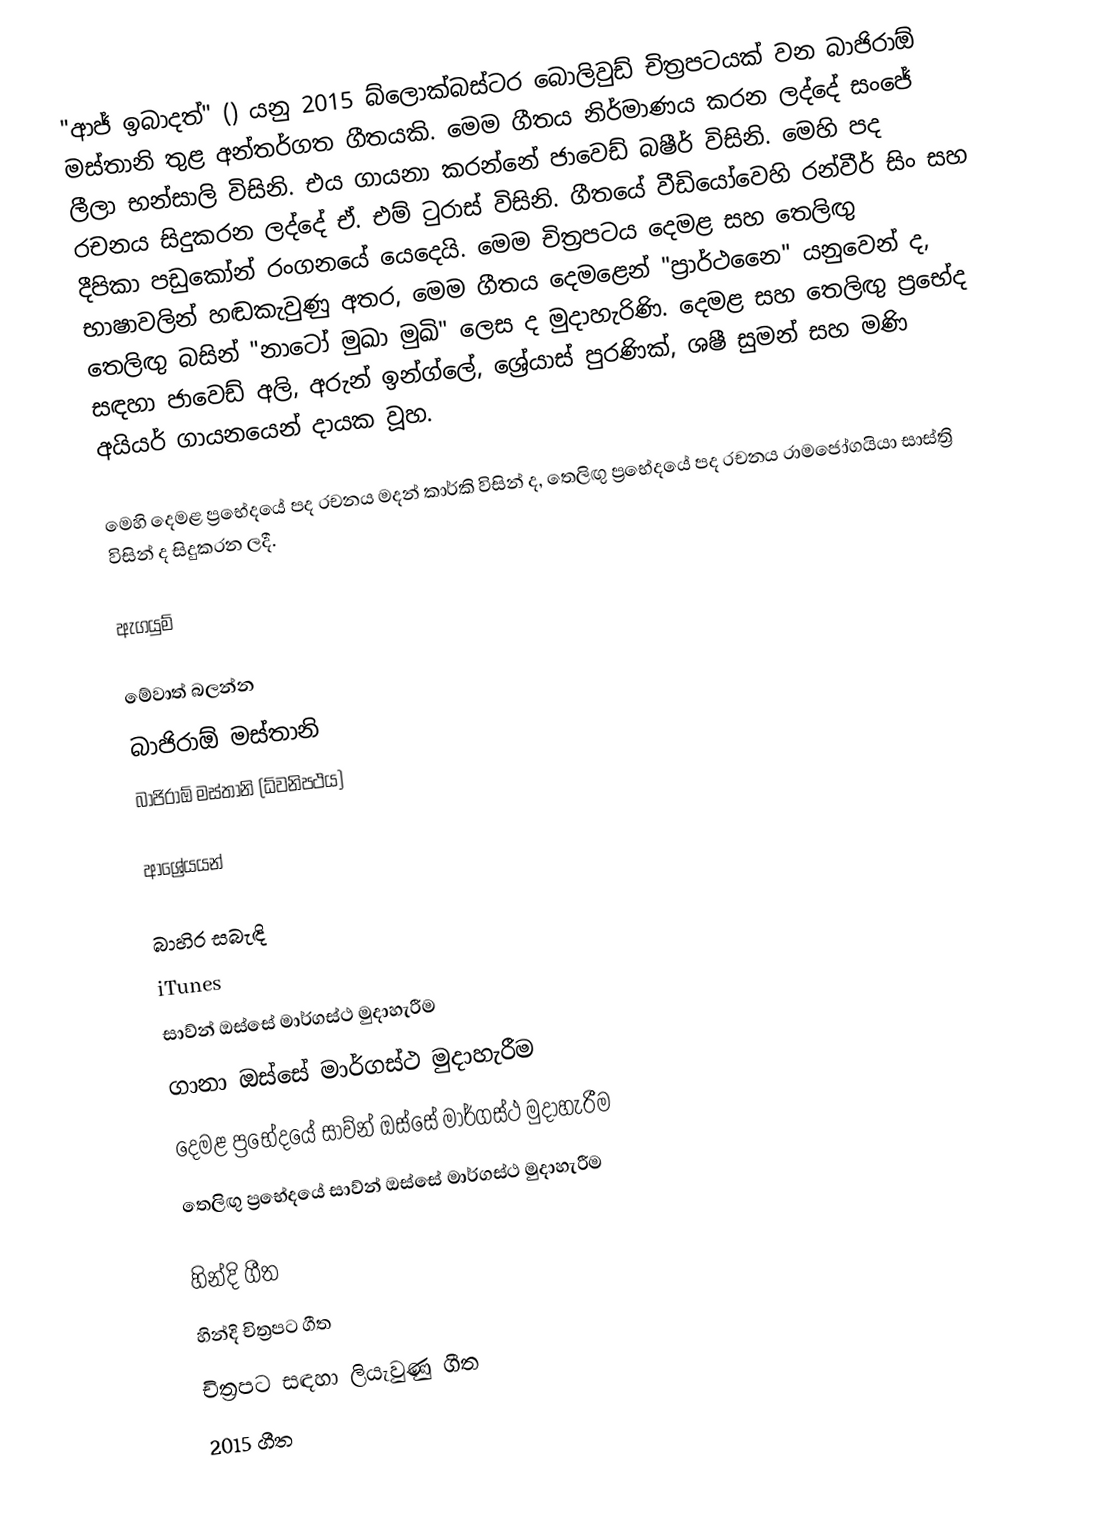
"ආජ් ඉබාදත්" () යනු 2015 බ්ලොක්බස්ටර බොලිවුඩ් චිත්‍රපටයක් වන බාජිරාඕ මස්තානි තුළ අන්තර්ගත ගීතයකි. මෙම ගීතය නිර්මාණය කරන ලද්දේ සංජේ ලීලා භන්සාලි විසිනි. එය ගායනා කරන්නේ ජාවෙඩ් බෂීර් විසිනි. මෙහි පද රචනය සිදුකරන ලද්දේ ඒ. එම් ටුරාස් විසිනි. ගීතයේ වීඩියෝවෙහි ‍රන්වීර් සිං සහ දීපිකා පඩුකෝන් රංගනයේ යෙදෙයි. මෙම චිත්‍රපටය දෙමළ සහ තෙලිඟු භාෂාවලින් හඬකැවුණු අතර, මෙම ගීතය දෙමළෙන් "ප්‍රාර්ථනෛ" යනුවෙන් ද, තෙලිඟු බසින් "නාටෝ මුඛා මුඛි" ලෙස ද මුදාහැරිණි. දෙමළ  සහ තෙලිඟු ප්‍රභේද සඳහා ජාවෙඩ් අලි, අරුන් ඉන්ග්ලේ, ශ්‍රේයාස් පුරණික්, ශෂී සුමන් සහ මණි අයියර් ගායනයෙන් දායක වූහ.

මෙහි දෙමළ ප්‍රභේදයේ පද රචනය මදන් කාර්කි විසින් ද, තෙලිඟු ප්‍රභේදයේ පද රචනය රාමජෝගයියා සාස්ත්‍රි විසින් ද සිදුකරන ලදී.

ඇගයුම්

මේවාත් බලන්න
බාජිරාඕ මස්තානි
බාජිරාඕ මස්තානි (ධ්වනිපථය)

ආශ්‍රේයයන්

බාහිර සබැඳි
 iTunes
 සාව්න් ඔස්සේ මාර්ගස්ථ මුදාහැරීම
 ගානා ඔස්සේ මාර්ගස්ථ මුදාහැරීම
 දෙමළ ප්‍රභේදයේ සාව්න් ඔස්සේ මාර්ගස්ථ මුදාහැරීම
 තෙලිඟු ප්‍රභේදයේ සාව්න් ඔස්සේ මාර්ගස්ථ මුදාහැරීම

හින්දි ගීත
හින්දි චිත්‍රපට ගීත
චිත්‍රපට සඳහා ලියැවුණු ගීත
2015 ගීත